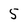
Character: 5